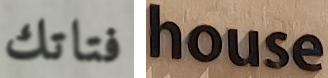
فتاتك house